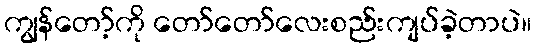
ကျွန်တော့်ကို တော်တော်လေးစည်းကျပ်ခဲ့တာပဲ။